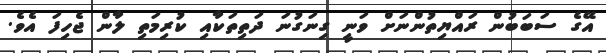
އޭގެ ސަބަބުން ރައްޔިތުންނަށް ވަނީ ގިނަގުނަ ދަތިތަކާއި ކުރިމަތި ލާން ޖެހިފަ އެވެ.